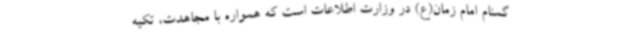
گمنام امام زمان(ع) در وزارت اطلاعات است که همواره با مجاهدت، تکیه